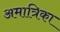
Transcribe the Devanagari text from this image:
अमात्रिका